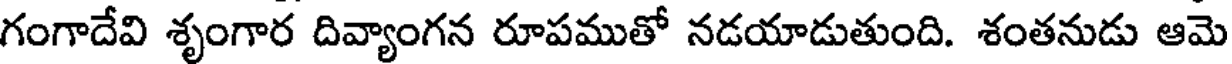
గంగాదేవి శృంగార దివ్యాంగన రూపముతో నడయాడుతుంది. శంతనుడు ఆమె